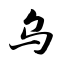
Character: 乌